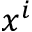
x ^ { i }